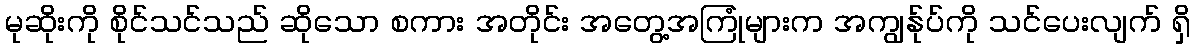
မုဆိုးကို စိုင်သင်သည် ဆိုသော စကား အတိုင်း အတွေ့အကြုံများက အကျွန်ုပ်ကို သင်ပေးလျက် ရှိ